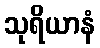
သုရိယာနံ